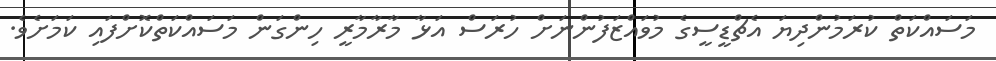
މަސައްކަތް ކުރަމުންދިޔަ އެޗްޑީސީގެ މުވައްޒަފުންނަށް ހުރަސް އަޅާ މާރާމާރީ ހިންގަން މަސައްކަތްކޮށްފައި ކަމަށެވެ.